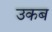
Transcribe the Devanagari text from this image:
उकब